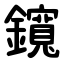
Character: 鑧